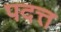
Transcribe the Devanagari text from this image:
पदत्त